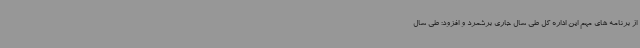
از برنامه های مهم این اداره کل طی سال جاری برشمرد و افزود: طی سال